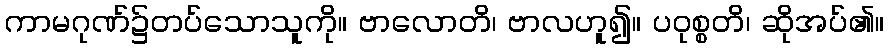
ကာမဂုဏ်၌တပ်သောသူကို။ ဗာလောတိ၊ ဗာလဟူ၍။ ပဝုစ္စတိ၊ ဆိုအပ်၏။